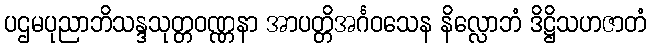
ပဌမပုညာဘိသန္ဒသုတ္တဝဏ္ဏနာ အာပတ္တိအင်္ဂဝသေန နိလ္လောဘံ ဒိဋ္ဌိသဟဇာတံ